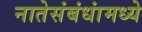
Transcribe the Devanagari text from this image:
नातेसंबंधांमध्ये